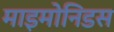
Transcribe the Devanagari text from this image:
माइमोनिडस